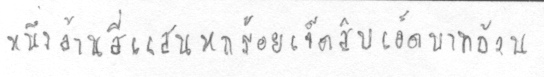
หนึ่งล้านสี่แสนหกร้อยเจ็ดสิบเอ็ดบาทถ้วน